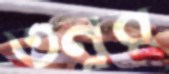
তনুর